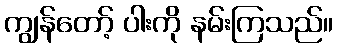
ကျွန်တော့် ပါးကို နမ်းကြသည်။